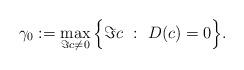
LaTeX: \begin{align*} \gamma_0 : = \max_{\Im c \neq 0} \Big\{ \Im c ~:~ D(c) = 0\Big\}.\end{align*}